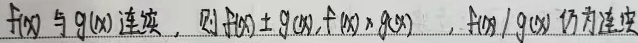
若\(f(x)\)与\(g(x)\)连续，则\(f(x)\pm g(x)\)，\(f(x)\times g(x)\)，\(f(x)/g(x)\)（\(g(x)\neq0\)）仍为连续。